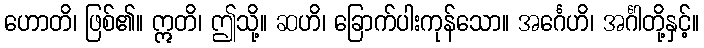
ဟောတိ၊ ဖြစ်၏။ ဣတိ၊ ဤသို့။ ဆဟိ၊ ခြောက်ပါးကုန်သော။ အင်္ဂေဟိ၊ အင်္ဂါတို့နှင့်။